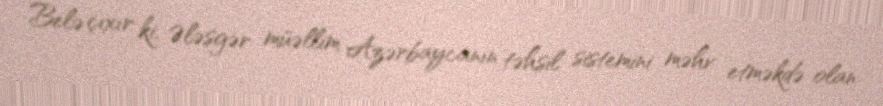
Belə çıxır ki, Ələsgər müəllim Azərbaycanın təhsil sistemini məhv etməkdə olan